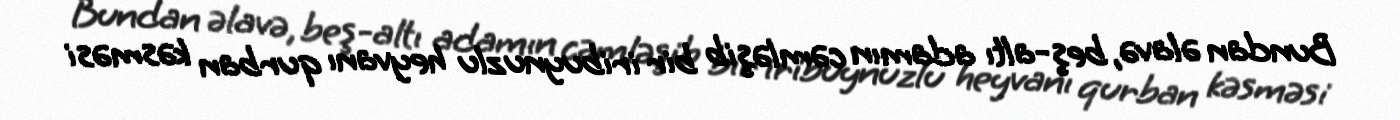
Bundan əlavə, beş-altı adamın cəmləşib bir iribuynuzlu heyvanı qurban kəsməsi